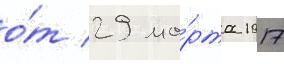
о́т 29 ма́рта 1917